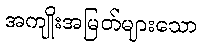
အကျိုးအမြတ်များသော